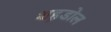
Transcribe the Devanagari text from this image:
शह़डोल